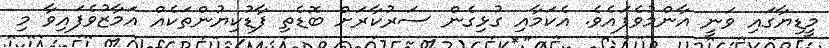
މީޑިޔާގައި ވަނީ އާންމުވެފައެވެ. އެކަމާއި ގުޅިގެން ސަރުކާރަށް ބޮޑެތި ފާޑުކިޔުންތަކެއް އަމާޒުވެފައިވާ މި